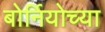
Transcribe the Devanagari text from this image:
बोर्नियोच्या